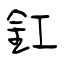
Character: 釭